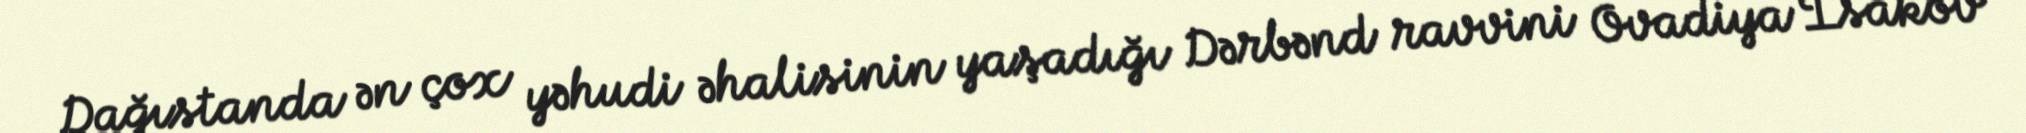
Dağıstanda ən çox yəhudi əhalisinin yaşadığı Dərbənd ravvini Ovadiya İsakov